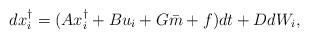
LaTeX: \begin{align*}dx_i^\dag = (Ax_i^\dag+Bu_i+ G\bar m + f ) dt+DdW_i,\end{align*}